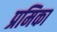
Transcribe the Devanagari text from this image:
प्रमिका